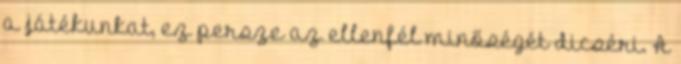
a játékunkat, ez persze az ellenfél minőségét dicséri. A